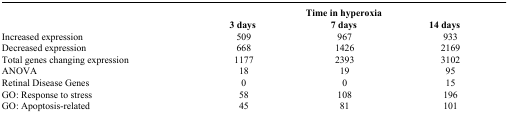
| <ROWSPAN=2>  | <COLSPAN=3> Time in hyperoxia |
 | 3 days | 7 days | 14 days |
 | --- | --- | --- | --- |
 | Increased expression | 509 | 967 | 933 |
 | Decreased expression | 668 | 1426 | 2169 |
 | Total genes changing expression | 1177 | 2393 | 3102 |
 | ANOVA | 18 | 19 | 95 |
 | Retinal Disease Genes | 0 | 0 | 15 |
 | GO: Response to stress | 58 | 108 | 196 |
 | GO: Apoptosis-related | 45 | 81 | 101 |